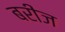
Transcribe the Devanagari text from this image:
बरीज